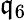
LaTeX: \mathfrak{q}_{6}